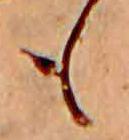
も